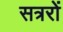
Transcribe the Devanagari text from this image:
सत्ररों